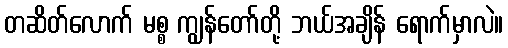
တဆိတ်လောက် မစ္စ ကျွန်တော်တို့ ဘယ်အချိန် ရောက်မှာလဲ။